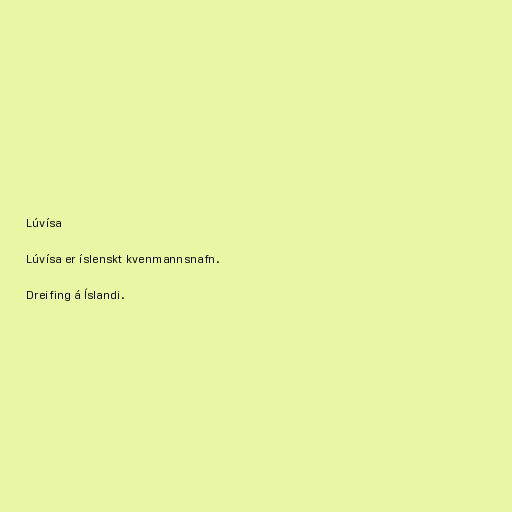
Lúvísa

Lúvísa er íslenskt kvenmannsnafn.

Dreifing á Íslandi.